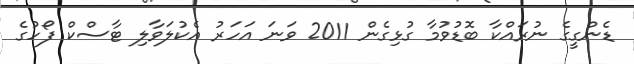
ޑެންގީގެ ނުރައްކާ ބޮޑުވުމާ ގުޅިގެން 2011 ވަނަ އަހަރު އެކުލަވާލި ޓާސްކް ފޯހުގެ